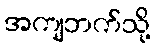
အကျဘက်သို့